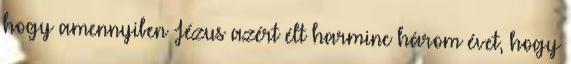
hogy amennyiben Jézus azért élt harminc három évet, hogy